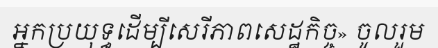
អ្នកប្រយុទ្ធដើម្បីសេរីភាពសេដ្ឋកិច្ច» ចូលរួម